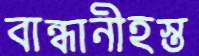
বান্ধানীহস্ত